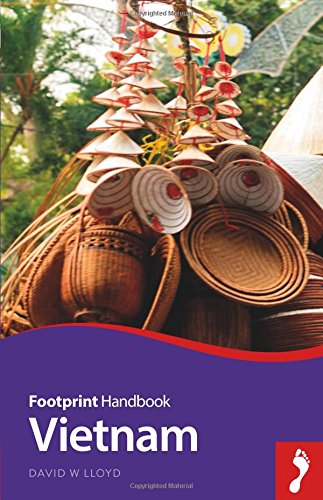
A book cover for Vietnam Handbook (Footprint - Handbooks); David Lloyd; Travel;